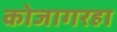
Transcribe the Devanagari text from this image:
कोजागरहा